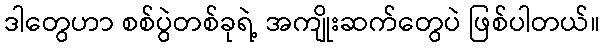
ဒါတွေဟာ စစ်ပွဲတစ်ခုရဲ့ အကျိုးဆက်တွေပဲ ဖြစ်ပါတယ်။